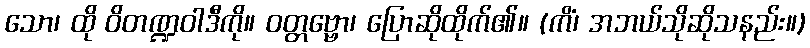
သော၊ ထို ဝိတဏ္ဍဝါဒီကို။ ဝတ္တဗ္ဗော၊ ပြောဆိုထိုက်၏။ (ကိံ၊ အဘယ်သိုဆိုသနည်း။)